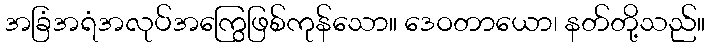
အခြံအရံအလုပ်အကြွေဖြစ်ကုန်သော။ ဒေဝတာယော၊ နတ်တို့သည်။